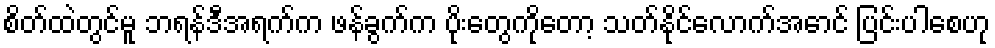
စိတ်ထဲတွင်မူ ဘရန်ဒီအရက်က ဖန်ခွက်က ပိုးတွေကိုတော့ သတ်နိုင်လောက်အောင် ပြင်းပါစေဟု